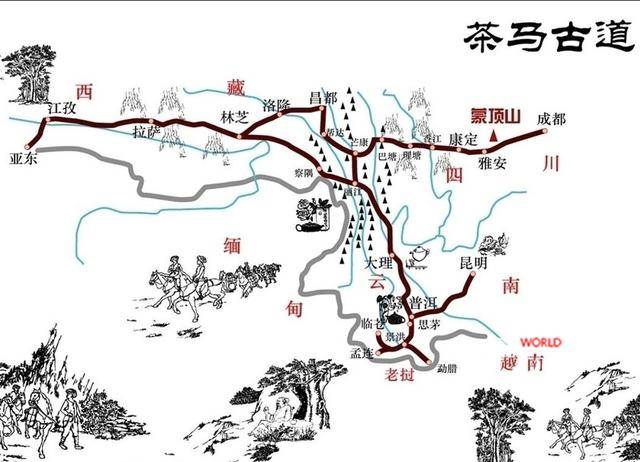
地下千年骨，谁为辅佐臣。